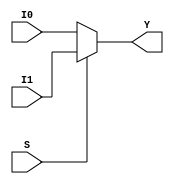
`timescale 1ns / 1ps
//////////////////////////////////////////////////////////////////////////////////
// Company: 
// Engineer: 
// 
// Design Name: 
// Module Name:    mux16bit 
// Project Name: 
// Target Devices: 
// Tool versions: 
// Description: 
//
// Dependencies: 
//
// Revision: 
// Revision 0.01 - File Created
// Additional Comments: 
//
//////////////////////////////////////////////////////////////////////////////////
module mux16bit(
   input [15:0]I0,
	input [15:0]I1,
	input S,
	output reg [15:0] Y
    );

always @*
  begin
   if(S==1) 
	Y=I1;
	else
	Y=I0;
	end
	  

endmodule